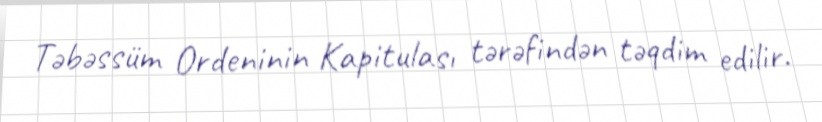
Təbəssüm Ordeninin Kapitulası tərəfindən təqdim edilir.